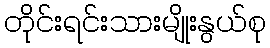
တိုင်းရင်းသားမျိုးနွယ်စု